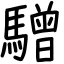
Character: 驓